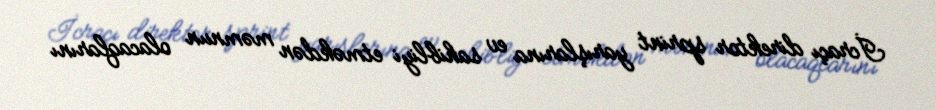
İcraçı direktor sprint yarışlarına ev sahibliyi etməkdən məmnun olacaqlarını